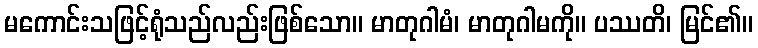
မကောင်းသဖြင့်ရုံသည်လည်းဖြစ်သော။ မာတုဂါမံ၊ မာတုဂါမကို။ ပဿတိ၊ မြင်၏။